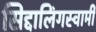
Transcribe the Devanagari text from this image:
सिद्दालिंगस्वामी